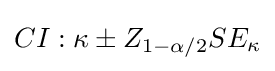
CI:\kappa \pm Z_{1-\alpha /2}SE_{\kappa }